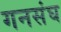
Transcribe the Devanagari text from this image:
गनसंघ